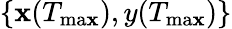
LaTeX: \{ \mathbf{x}(T_{\mathrm{{ma\mathbf{x}}}}),y(T_{\mathrm{{ma\mathbf{x}}}})\}